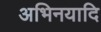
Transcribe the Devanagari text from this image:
अभिनयादि